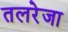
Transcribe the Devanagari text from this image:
तलरेजा